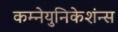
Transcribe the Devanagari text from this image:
कम्नेयुनिकेशंन्स